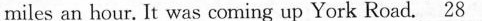
miles an hour. It was coming up York Road.\underline{28}